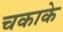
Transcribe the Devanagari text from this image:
चकाके